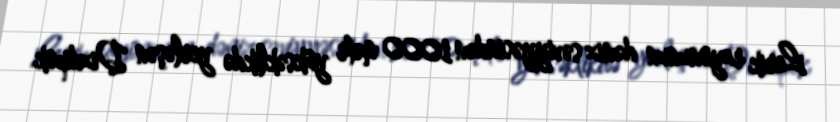
Lerik rayonunun dəniz səviyyəsindən 1000 metr yüksəklikdə yerləşən Dizdipok